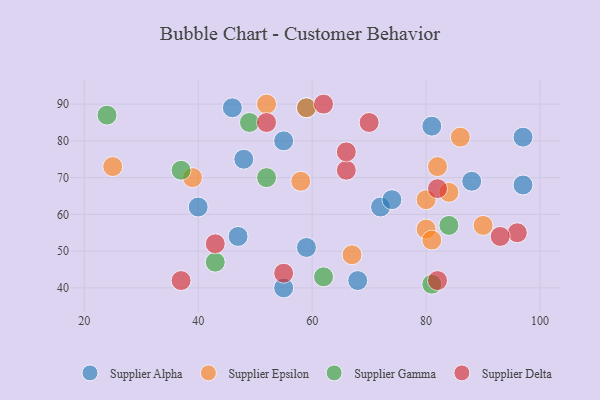
{"axis": {"x": "GDP", "y": "Life Expectancy"}, "legend": ["Supplier Alpha", "Supplier Delta", "Supplier Epsilon", "Supplier Gamma"], "data": [{"x": "81", "y": 84, "type": "Supplier Alpha"}, {"x": "55", "y": 80, "type": "Supplier Alpha"}, {"x": "46", "y": 89, "type": "Supplier Alpha"}, {"x": "47", "y": 54, "type": "Supplier Alpha"}, {"x": "40", "y": 62, "type": "Supplier Alpha"}, {"x": "55", "y": 40, "type": "Supplier Alpha"}, {"x": "48", "y": 75, "type": "Supplier Alpha"}, {"x": "97", "y": 81, "type": "Supplier Alpha"}, {"x": "68", "y": 42, "type": "Supplier Alpha"}, {"x": "72", "y": 62, "type": "Supplier Alpha"}, {"x": "88", "y": 69, "type": "Supplier Alpha"}, {"x": "74", "y": 64, "type": "Supplier Alpha"}, {"x": "97", "y": 68, "type": "Supplier Alpha"}, {"x": "59", "y": 51, "type": "Supplier Alpha"}, {"x": "59", "y": 89, "type": "Supplier Alpha"}, {"x": "58", "y": 69, "type": "Supplier Epsilon"}, {"x": "52", "y": 90, "type": "Supplier Epsilon"}, {"x": "39", "y": 70, "type": "Supplier Epsilon"}, {"x": "80", "y": 56, "type": "Supplier Epsilon"}, {"x": "59", "y": 89, "type": "Supplier Epsilon"}, {"x": "80", "y": 64, "type": "Supplier Epsilon"}, {"x": "90", "y": 57, "type": "Supplier Epsilon"}, {"x": "25", "y": 73, "type": "Supplier Epsilon"}, {"x": "82", "y": 73, "type": "Supplier Epsilon"}, {"x": "81", "y": 53, "type": "Supplier Epsilon"}, {"x": "67", "y": 49, "type": "Supplier Epsilon"}, {"x": "86", "y": 81, "type": "Supplier Epsilon"}, {"x": "84", "y": 66, "type": "Supplier Epsilon"}, {"x": "37", "y": 72, "type": "Supplier Gamma"}, {"x": "43", "y": 47, "type": "Supplier Gamma"}, {"x": "62", "y": 43, "type": "Supplier Gamma"}, {"x": "49", "y": 85, "type": "Supplier Gamma"}, {"x": "52", "y": 70, "type": "Supplier Gamma"}, {"x": "84", "y": 57, "type": "Supplier Gamma"}, {"x": "24", "y": 87, "type": "Supplier Gamma"}, {"x": "81", "y": 41, "type": "Supplier Gamma"}, {"x": "70", "y": 85, "type": "Supplier Delta"}, {"x": "82", "y": 67, "type": "Supplier Delta"}, {"x": "66", "y": 72, "type": "Supplier Delta"}, {"x": "82", "y": 42, "type": "Supplier Delta"}, {"x": "62", "y": 90, "type": "Supplier Delta"}, {"x": "43", "y": 52, "type": "Supplier Delta"}, {"x": "96", "y": 55, "type": "Supplier Delta"}, {"x": "52", "y": 85, "type": "Supplier Delta"}, {"x": "37", "y": 42, "type": "Supplier Delta"}, {"x": "93", "y": 54, "type": "Supplier Delta"}, {"x": "66", "y": 77, "type": "Supplier Delta"}, {"x": "55", "y": 44, "type": "Supplier Delta"}]}